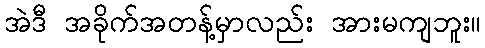
အဲဒီ အခိုက်အတန့်မှာလည်း အားမကျဘူး။